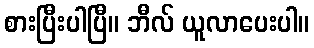
စားပြီးပါပြီ။ ဘီလ် ယူလာပေးပါ။